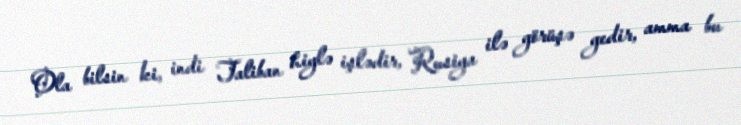
Ola bilsin ki, indi Taliban hiylə işlədir, Rusiya ilə görüşə gedir, amma bu